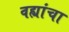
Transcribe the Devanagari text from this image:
वह्यांचा